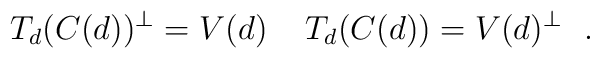
T_{d}(C(d))^{\perp}=V(d)\ \,\ \ T_{d}(C(d))=V(d)^{\perp}  \ \  .